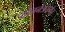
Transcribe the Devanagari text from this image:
योजनेंअंतर्गत